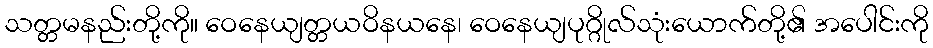
သတ္တမနည်းတို့ကို။ ဝေနေယျတ္တယဝိနယနေ၊ ဝေနေယျပုဂ္ဂိုလ်သုံးယောက်တို့၏ အပေါင်းကို